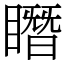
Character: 䁮